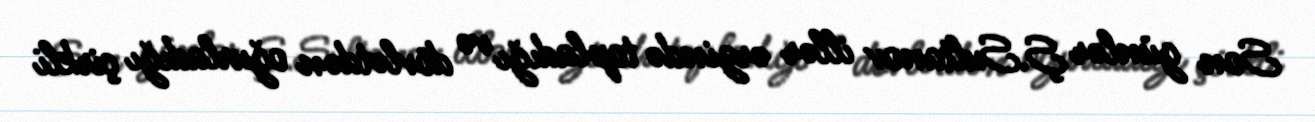
Son günlər Ş.Sultanov illər ərzində topladığı və dövlətdən oğurladığı çirkli